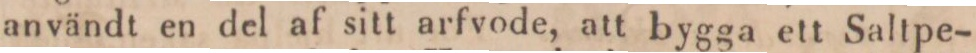
användt en del af sitt arfvode, att bygga ett Saltpe-